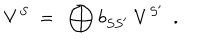
LaTeX: V ^ { S } \ = \ \bigoplus b _ { S S ^ { \prime } } \ V ^ { S ^ { \prime } } \ \ .